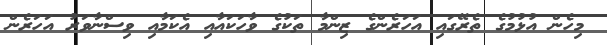
މިހެން އުޅުމުގެ ތެރޭގައި އަހަރެންގެ ޒިންމާ ތަކުގެ ވާހަކައާއި އެކަމާއި ވިސްނާވަރު އަހަރެން